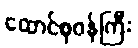
ထောင်စုဝန်ကြီး